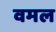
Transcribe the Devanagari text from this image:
वमल